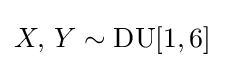
{\textstyle X,\,Y\sim \mathrm {DU} [1,6]}